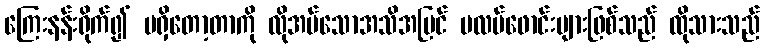
ကြေးနန်းရိုက်၍ မရှိတော့တာကို လိုအပ်သောအသိအမြင် ပလပ်ဖောင်းများဖြစ်သည် ထိုသားသည်